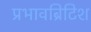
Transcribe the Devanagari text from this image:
प्रभावब्रिटिश